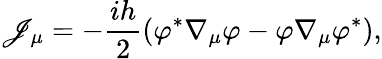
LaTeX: {\cal\mathscr{J}}_{\mu}=-\frac{{ih}}{2}\left(\varphi^{*}\nabla_{\mu}\varphi-\varphi\nabla_{\mu}\varphi^{*}\right),